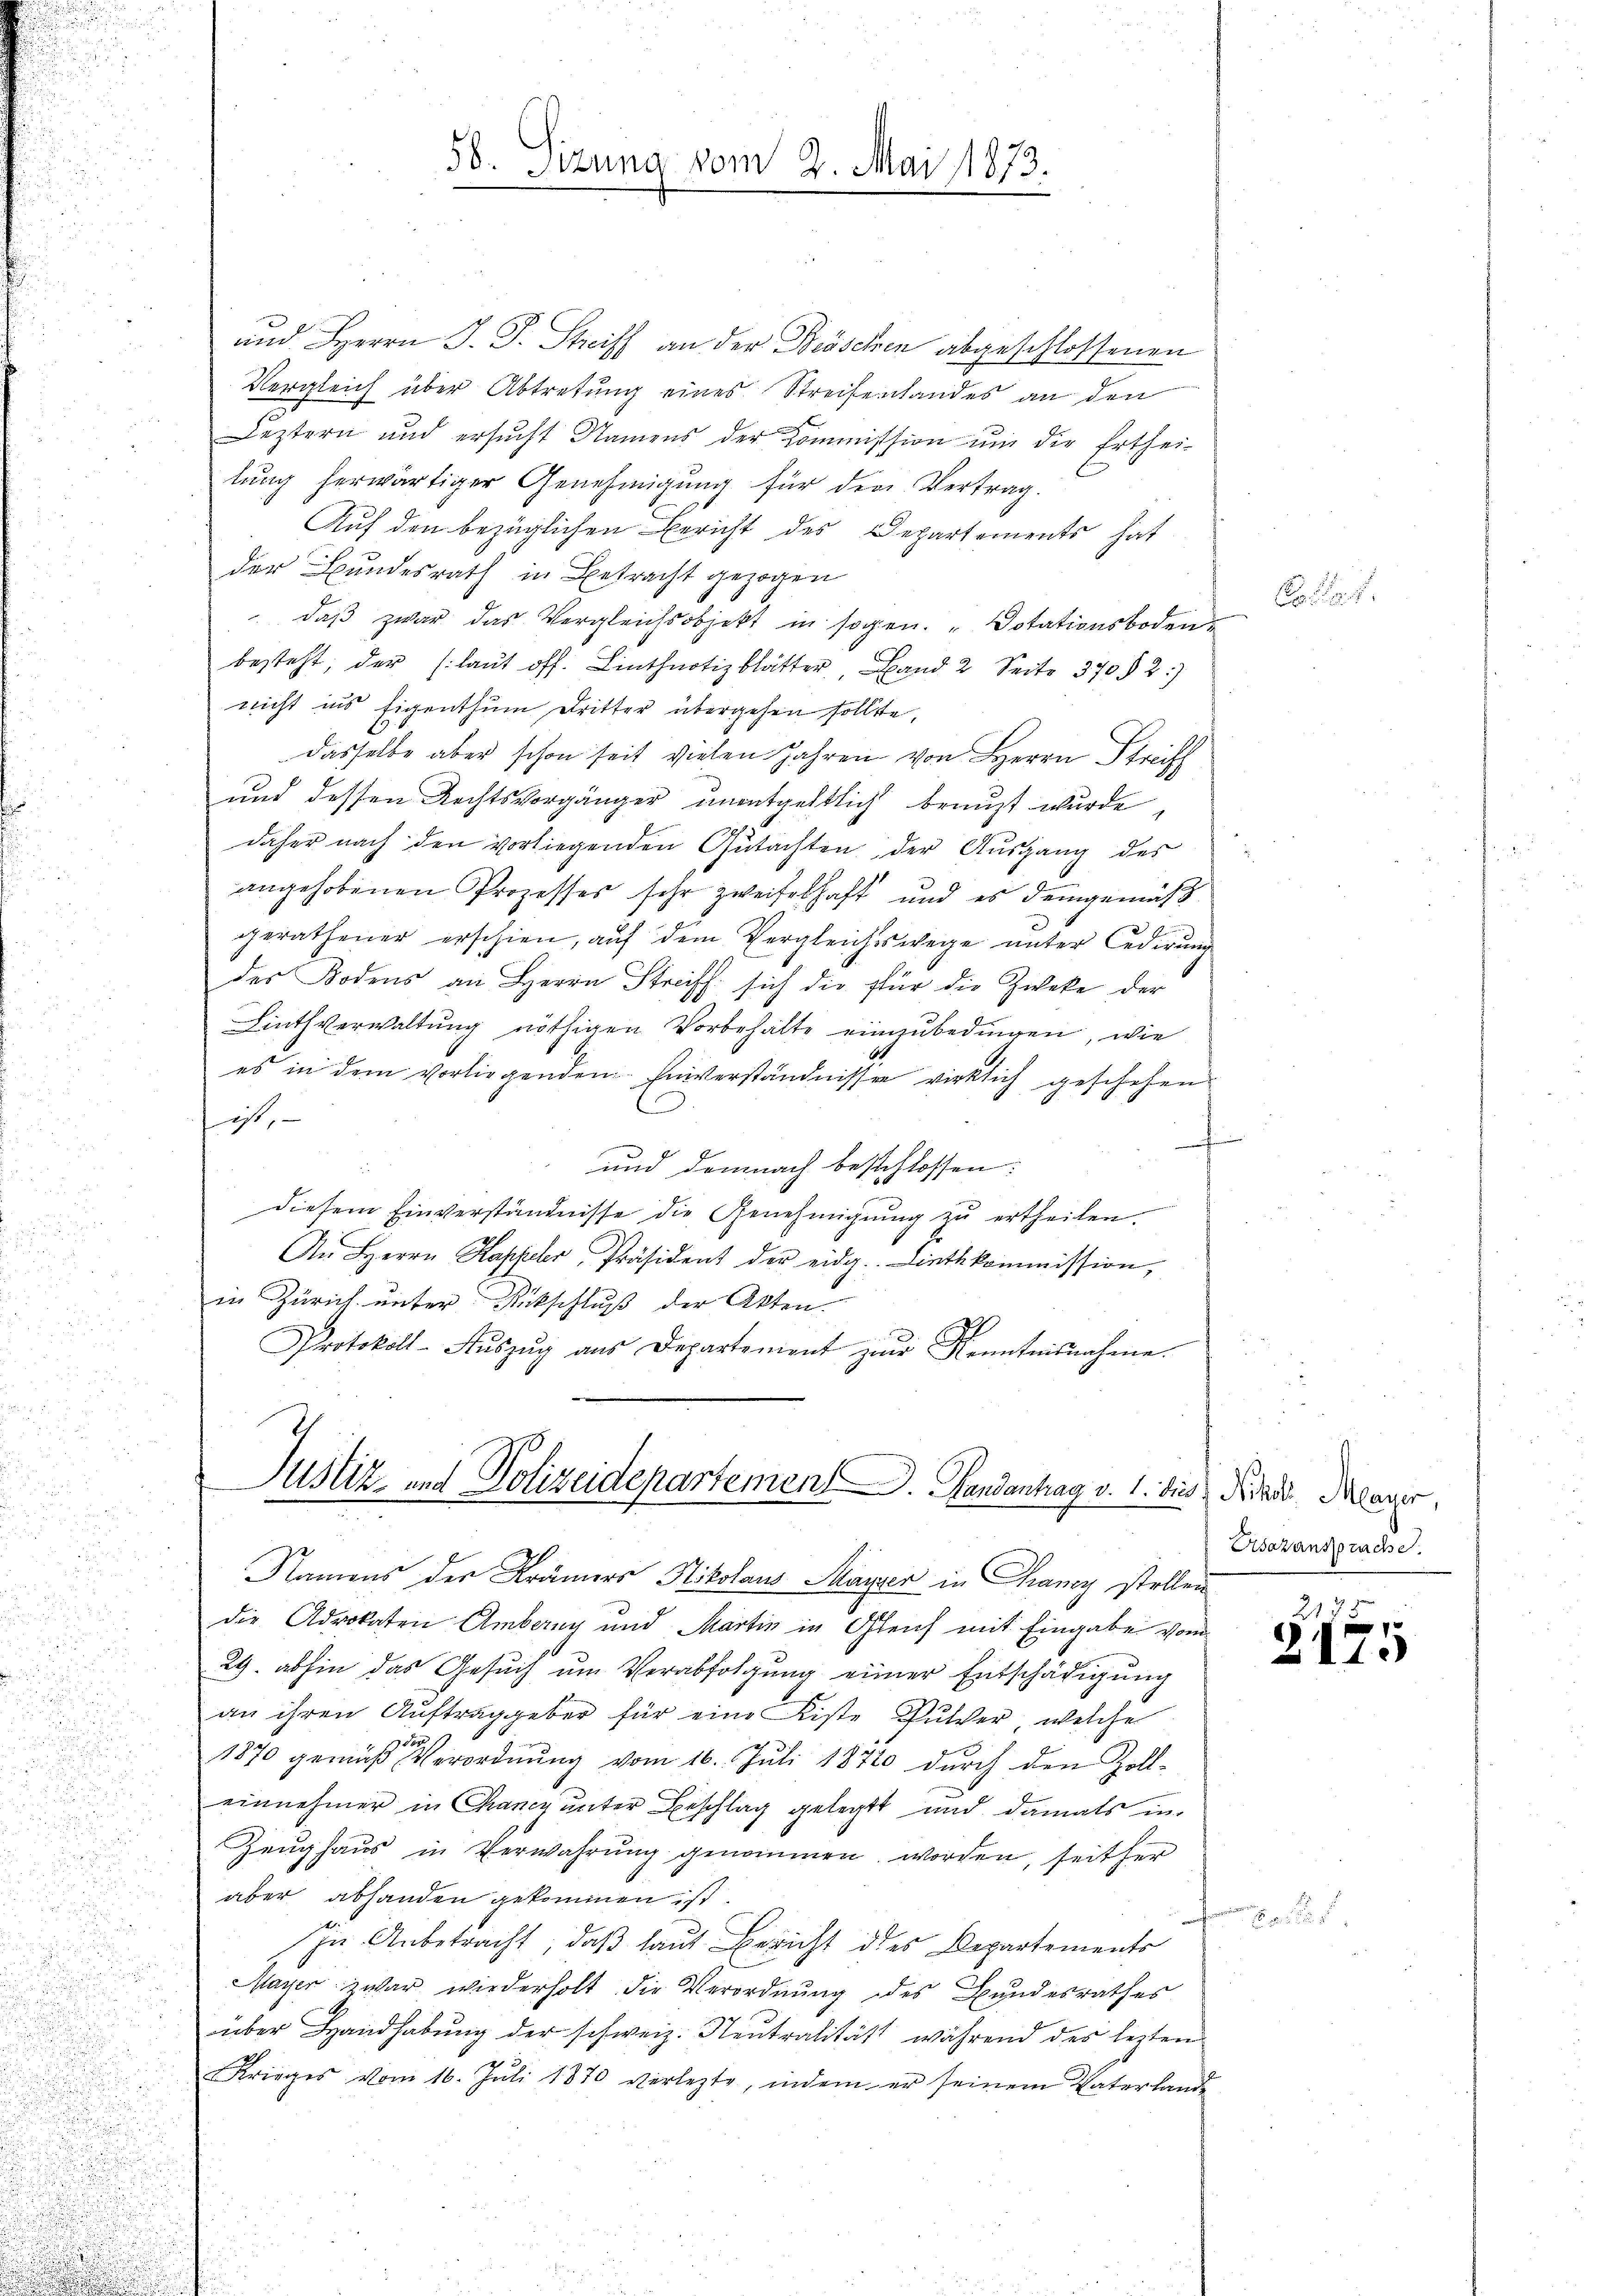
56. Sizung vom 2. Mai 1873.

und Herrn J. J. Streiff an der Böschen abgeschlossenen
Vergleich über Abtretung eines Streifenlandes an den
Leztern und ersŭcht Namens der Kommission ŭm der Erthei-
lung herwärtiger Genehmigung für den Vertrag.
Auf den bezüglichen Bericht des Departements hat
der Bundesrath in Betracht gezogen
 daβ zwar das Vergleichsobjekt in sogen. Dotationsboden
besteht, der (laŭt off. Linthnotiz blätter Hand 2 Seite 370 § 2)
nicht ins Eigenthum Dritter übergehen sollte,
dasselbe aber schon seit vielen Jahren von Herrn Stre
und dessen Rechtsvorgänger unentgeltlich benuzt wurde
daher nach den vorliegenden Gutachten der Ausgang des
angehobenen Prozesses sehr zweifelhaft und es demgemäß
2 E
gerathener erschien, auf dem Vergleichsswege unter Cederung
des Bodens an Herrn Striff sich die für die Zweke der
Linthverwaltung nöthigen Vorbehalte einzubedingen, wie
es in dem vorliegenden Einverständnissen wirklich geschehen
f
ist,
E
f
und demnach beschlossen:
diesem Einverständnisse die Genehmigŭng zŭ ertheilen.
An Herrn Happeler, Präsident der eidg. Linthkommission,
in Zürich unter Rückschluß der Akten.
Protokoll-Aŭszŭg ans Departement zur Kenntnisnahme.

Justiz- und Polizeidepartement. Gandantrag v. 1. dies Frau Klager,
Namens der Krämers Nikolaus Mayer in Grancy stellen

die Advokaten Ambang und Martin in Gleich mit Eingabe vom
29. abhin das Gesuch um Verabfolgung einer Entschädigung
an ihren Auftraggeber für eine Fiste Pulver, welche
1870 gemäß Verordnung vom 16. Juli 18720 durch den Zoll-
einnehmer in Chancy unter Beschlag gelegt und damals in
Zeughaus in Verwahrung genommen worden, seither
aber abhanden gekommen ist.
In Anbetracht, daß laut Bericht des Departements
Mayer war wiederholt die Verordnung des Bundesrathes
über Handhabŭng der schweiz. Neutralität während des lezten
Krieges vom 16. Juli 1870 verletzte, indem er seinem Vaterlande

Asazansprache.

2172
2175